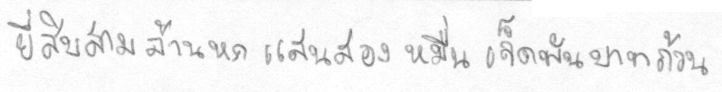
ยี่สิบสามล้านหกแสนสองหมื่นเจ็ดพันบาทถ้วน